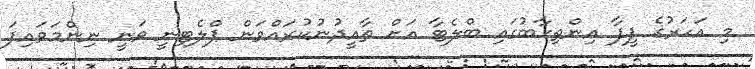
މި އަހަރުގެ ފީފާ އިންތިހާބުގައި ބްލެޓާ އަށް ތާއީދުނުކުރައްވަން ޕްލެޓިނީ ވަނީ ނިންމަވައިފަ